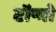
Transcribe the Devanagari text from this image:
टॉन्गो